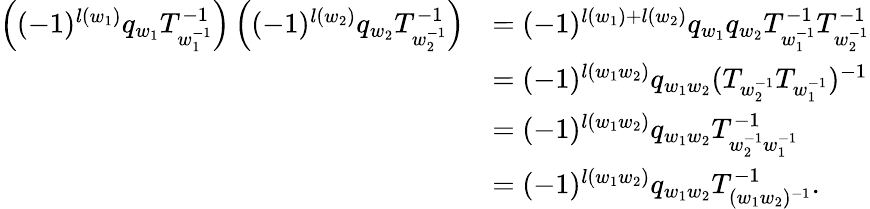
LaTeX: \begin{array}{rl}{\left((-1)^{l(w_{1})}q_{w_{1}}T_{w_{1}^{-1}}^{-1}\right)\left((-1)^{l(w_{2})}q_{w_{2}}T_{w_{2}^{-1}}^{-1}\right)}&{=(-1)^{l(w_{1})+l(w_{2})}q_{w_{1}}q_{w_{2}}T_{w_{1}^{-1}}^{-1}T_{w_{2}^{-1}}^{-1}}\\ &{=(-1)^{l(w_{1}w_{2})}q_{w_{1}w_{2}}(T_{w_{2}^{-1}}T_{w_{1}^{-1}})^{-1}}\\ &{=(-1)^{l(w_{1}w_{2})}q_{w_{1}w_{2}}T_{w_{2}^{-1}w_{1}^{-1}}^{-1}}\\ &{=(-1)^{l(w_{1}w_{2})}q_{w_{1}w_{2}}T_{(w_{1}w_{2})^{-1}}^{-1}.}\end{array}